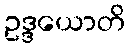
ဥဒ္ဒယောတိ